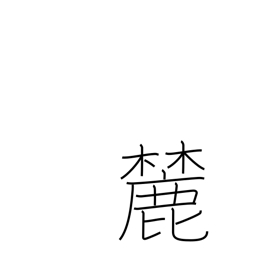
Meaning: foot of a mountain